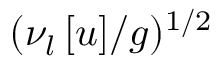
( \nu _ { l } \, [ u ] / g ) ^ { 1 / 2 }